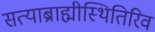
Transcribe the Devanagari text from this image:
सत्याब्राह्मीस्थितिरिव